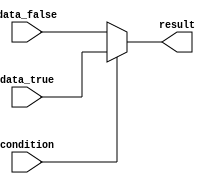
module conditional_assign (
    input condition,
    input data_true,
    input data_false,
    output reg result
);

always @* begin
    if (condition)
        result = data_true;
    else
        result = data_false;
end

endmodule